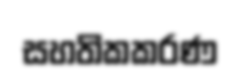
සහතිකකරණ